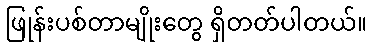
ဖြုန်းပစ်တာမျိုးတွေ ရှိတတ်ပါတယ်။